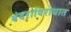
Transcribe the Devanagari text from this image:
बंदराविरोधात